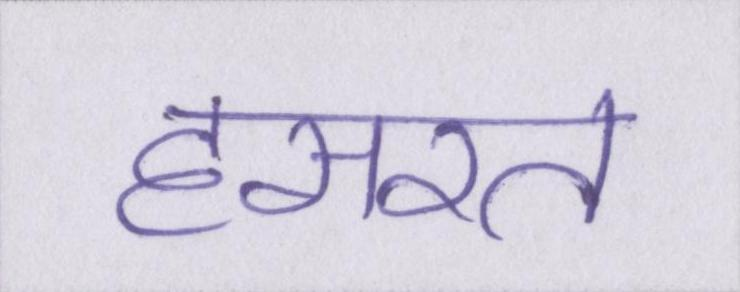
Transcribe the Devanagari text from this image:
हसरत